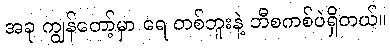
အခု ကျွန်တော့်မှာ ရေ တစ်ဘူးနဲ့ ဘီစကစ်ပဲရှိတယ်။